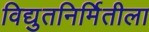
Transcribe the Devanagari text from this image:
विद्युतनिर्मितीला